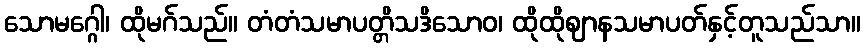
သောမဂ္ဂေါ၊ ထိုမဂ်သည်။ တံတံသမာပတ္တိသဒိသောဝ၊ ထိုထိုဈာနသမာပတ်နှင့်တူသည်သာ။